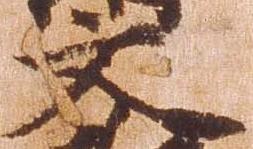
文